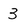
Character: 3